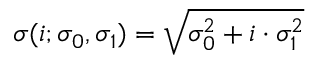
\sigma ( i ; \sigma _ { 0 } , \sigma _ { 1 } ) = \sqrt { \sigma _ { 0 } ^ { 2 } + i \cdot \sigma _ { 1 } ^ { 2 } }